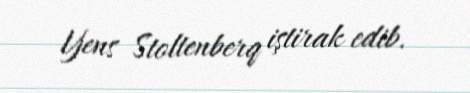
Yens Stoltenberq iştirak edib.